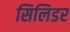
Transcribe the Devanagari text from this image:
सिलिडर